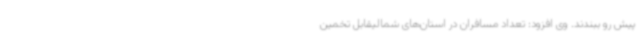
پیش رو ببندند. وی افزود: تعداد مسافران در استان‌های شمالیقابل تخمین